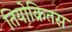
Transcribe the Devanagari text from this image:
तियोक्रितस